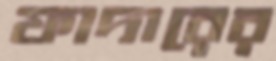
ফাদারের